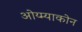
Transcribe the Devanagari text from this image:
ओय्म्याकोन